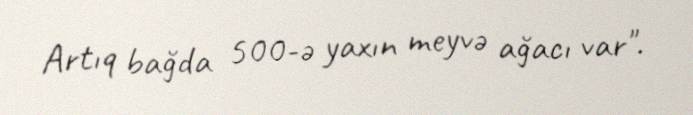
Artıq bağda 500-ə yaxın meyvə ağacı var".